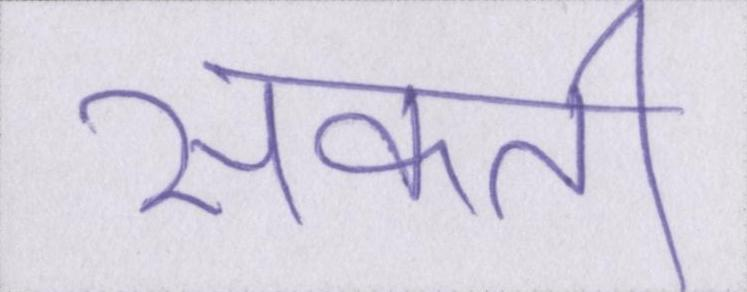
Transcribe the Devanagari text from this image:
सकती